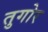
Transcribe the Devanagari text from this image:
तुगोर